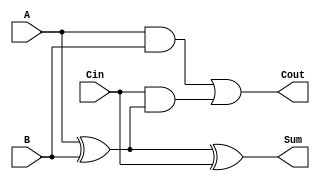
module LowPowerFullAdder (
    input wire A,      // First input bit
    input wire B,      // Second input bit
    input wire Cin,    // Carry-in bit
    output wire Sum,   // Sum output
    output wire Cout   // Carry-out output
);

// Internal signals for intermediate calculations
wire AxorB;         // A XOR B
wire AandB;         // A AND B
wire CinAndAxorB;   // Cin AND (A XOR B)

// Calculate the sum using XOR gates
assign AxorB = A ^ B;          // A XOR B
assign Sum = AxorB ^ Cin;      // (A XOR B) XOR Cin

// Calculate the carry-out using AND and OR gates
assign AandB = A & B;          // A AND B
assign CinAndAxorB = Cin & AxorB; // Cin AND (A XOR B)
assign Cout = AandB | CinAndAxorB; // (A AND B) OR (Cin AND (A XOR B))

endmodule